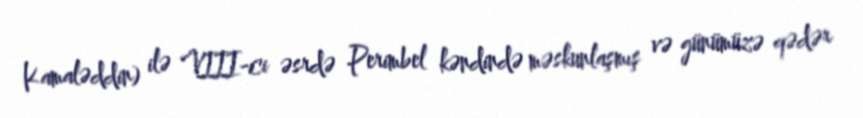
Kamaləddin) ilə VIII-ci əsrdə Perimbel kəndində məskunlaşmış və günümüzə qədər